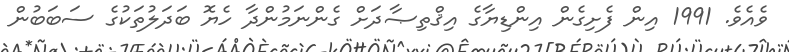
ވެއެވެ. 1991 އިން ފެށިގެން އިންޑިޔާގެ އިޤްތިޞާދަށް ގެންނަމުންދާ ހެޔޮ ބަދަލުތަކުގެ ސަބަބުން